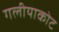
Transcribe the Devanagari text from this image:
गलीयाकोट